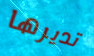
تديرها